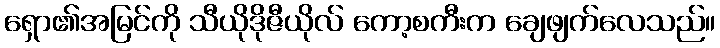
ရှော၏အမြင်ကို သီယိုဒိုဇီယိုလ် ကော့စကီးက ချေဖျက်လေသည်။